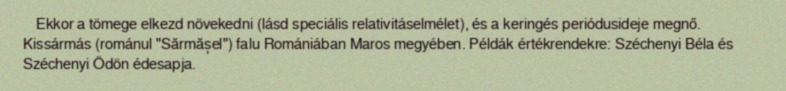
Ekkor a tömege elkezd növekedni (lásd speciális relativitáselmélet), és a keringés periódusideje megnő. Kissármás (románul "Sărmășel") falu Romániában Maros megyében. Példák értékrendekre: Széchenyi Béla és Széchenyi Ödön édesapja.